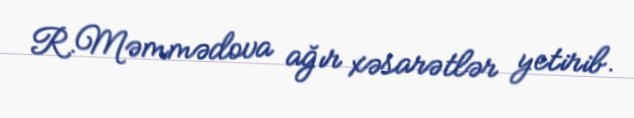
R.Məmmədova ağır xəsarətlər yetirib.